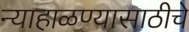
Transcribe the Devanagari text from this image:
न्याहाळण्यासाठीचे